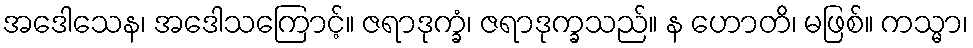
အဒေါသေန၊ အဒေါသကြောင့်။ ဇရာဒုက္ခံ၊ ဇရာဒုက္ခသည်။ န ဟောတိ၊ မဖြစ်။ ကသ္မာ၊